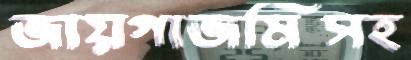
জায়গাজমিসহ